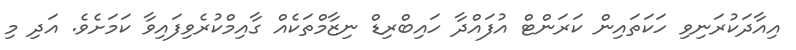
އިއާދަކުރަނިވި ހަކަތައިން ކަރަންޓް އުފައްދާ ހައިބްރިޑް ނިޒާމްތަކެއް ގާއިމްކުރެވިފައިވާ ކަމަށެވެ. އަދި މި